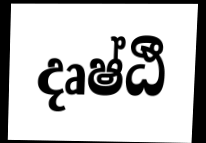
දෘෂ්ඨී